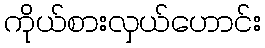
ကိုယ်စားလှယ်ဟောင်း